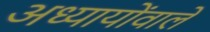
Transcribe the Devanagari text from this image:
अध्यायोंवाले